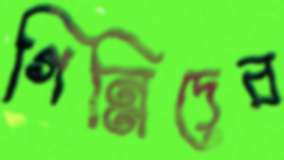
গিন্নিদের